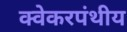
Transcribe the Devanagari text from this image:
क्वेकरपंथीय